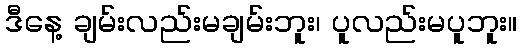
ဒီနေ့ ချမ်းလည်းမချမ်းဘူး၊ ပူလည်းမပူဘူး။